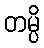
တမ္ပိ